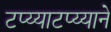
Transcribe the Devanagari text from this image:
टप्य्याटप्य्याने